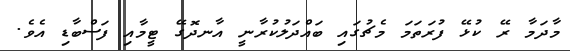
މާދަމާ ރޭ ކުޅޭ ފުރަތަމަ މެޗުގައި ބައްދަލުުކުރާނީ އާނދޮގޭ ޓީމާއި ފަސްބާޑި އެވެ.